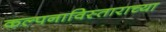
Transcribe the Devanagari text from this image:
कल्पनाविस्ताराच्या